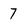
Character: 7